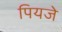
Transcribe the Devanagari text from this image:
पियजे